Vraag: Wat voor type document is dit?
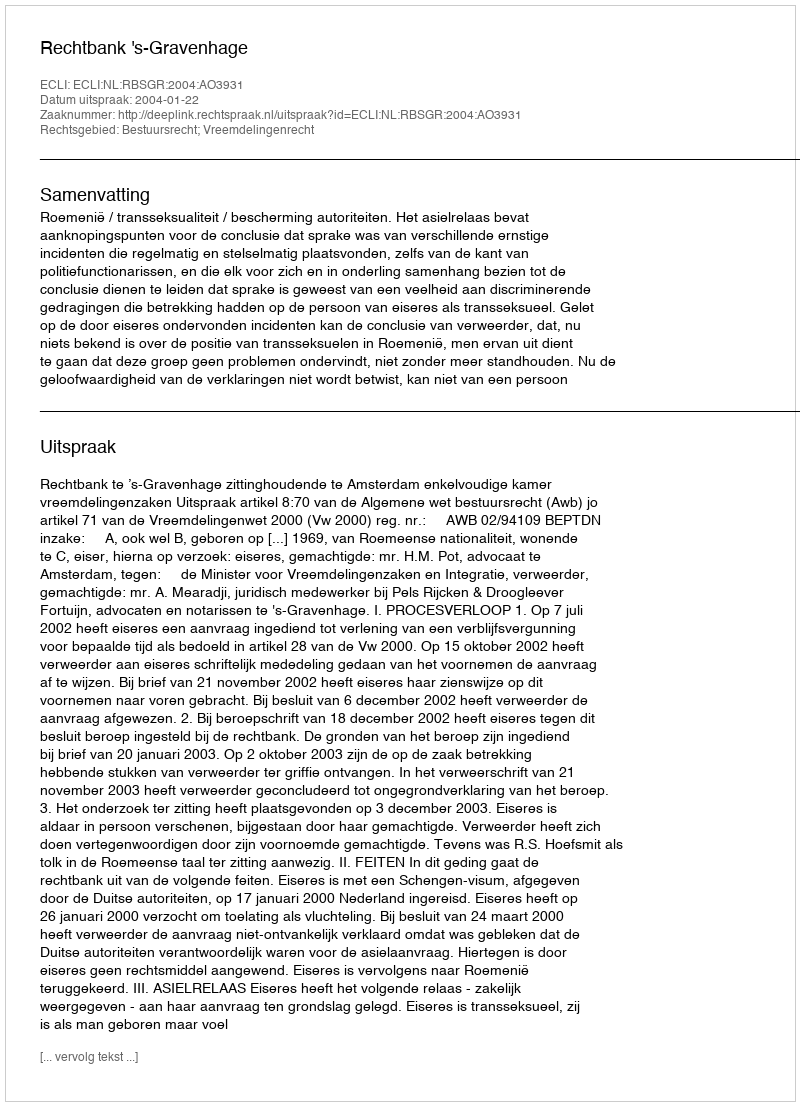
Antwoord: Uitspraak